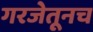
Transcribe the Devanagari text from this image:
गरजेतूनच